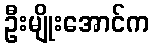
ဦးမျိုးအောင်က